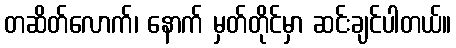
တဆိတ်လောက်၊ နောက် မှတ်တိုင်မှာ ဆင်းချင်ပါတယ်။